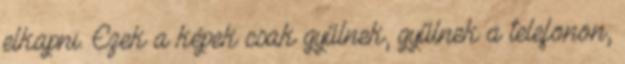
elkapni. Ezek a képek csak gyűlnek, gyűlnek a telefonon,